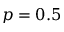
p = 0 . 5